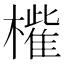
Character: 𣜁